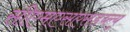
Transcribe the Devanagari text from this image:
सीएमएसएसडब्ल्यू